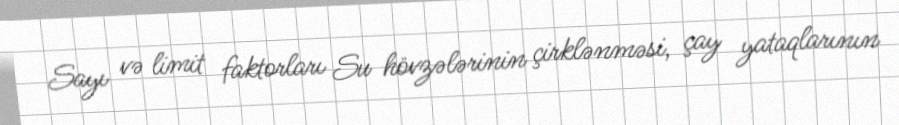
Sayı və limit faktorları Su hövzələrinin çirklənməsi, çay yataqlarının